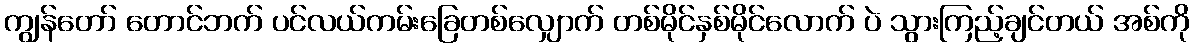
ကျွန်တော် တောင်ဘက် ပင်လယ်ကမ်းခြေတစ်လျှောက် တစ်မိုင်နှစ်မိုင်လောက် ပဲ သွားကြည့်ချင်တယ် အစ်ကို